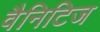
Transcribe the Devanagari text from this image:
वैनिटिज